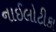
નાઈલોટીકા